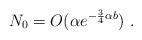
LaTeX: \begin{align*}N_0 = O(\alpha e^{-\frac{3}{4}\alpha b})\ .\end{align*}